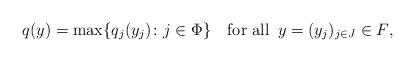
LaTeX: \begin{align*}q(y)=\max\{q_j(y_j)\colon j\in \Phi\}\quad\mbox{for all $\, y=(y_j)_{j\in J}\in F$,}\end{align*}